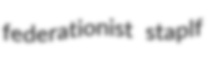
federationist staplf